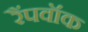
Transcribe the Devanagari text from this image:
रैंपवॉक